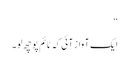
“
ایک آواز آئی کہ ٹائم پوچھ لو۔